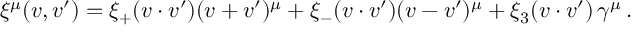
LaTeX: \xi ^ { \mu } ( v , v ^ { \prime } ) = \xi _ { + } ( v \cdot v ^ { \prime } ) ( v + v ^ { \prime } ) ^ { \mu } + \xi _ { - } ( v \cdot v ^ { \prime } ) ( v - v ^ { \prime } ) ^ { \mu } + \xi _ { 3 } ( v \cdot v ^ { \prime } ) \, \gamma ^ { \mu } \, .